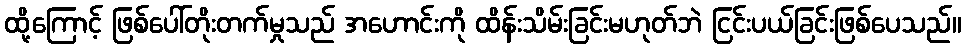
ထို့ကြောင့် ဖြစ်ပေါ်တိုးတက်မှုသည် အဟောင်းကို ထိန်းသိမ်းခြင်းမဟုတ်ဘဲ ငြင်းပယ်ခြင်းဖြစ်ပေသည်။